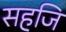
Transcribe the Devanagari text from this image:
सहजि